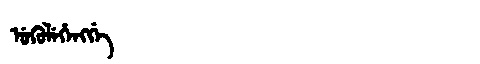
Manchu: ᡠᡴᡠᠯᡝᡥᡝᠩᡤᡝ
Romanization: UKULEHENGGE